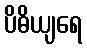
ပိဓိယျရေ